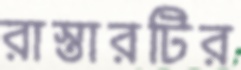
রাস্তারটির